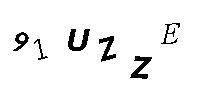
91UZZE